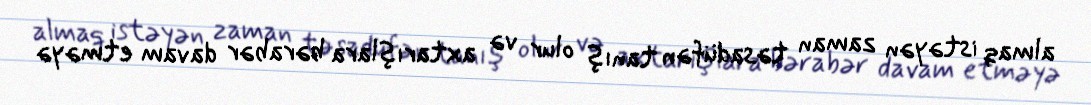
almaq istəyən zaman təsadüfən tanış olur və axtarışlara bərabər davam etməyə